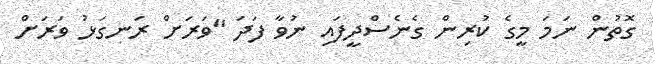
ގޮތުން ނަމަ މީގެ ކުރިން ގެނެސްދީފައި ނުވާ ފަދަ "ވަރަށް ރަނގަޅު ވަރަށް